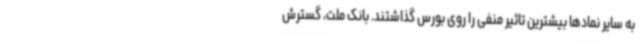
به سایر نمادها بیشترین تاثیر منفی را روی بورس گذاشتند. بانک ملت، گسترش